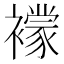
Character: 𧞑